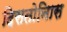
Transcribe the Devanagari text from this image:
दिसतोनिास